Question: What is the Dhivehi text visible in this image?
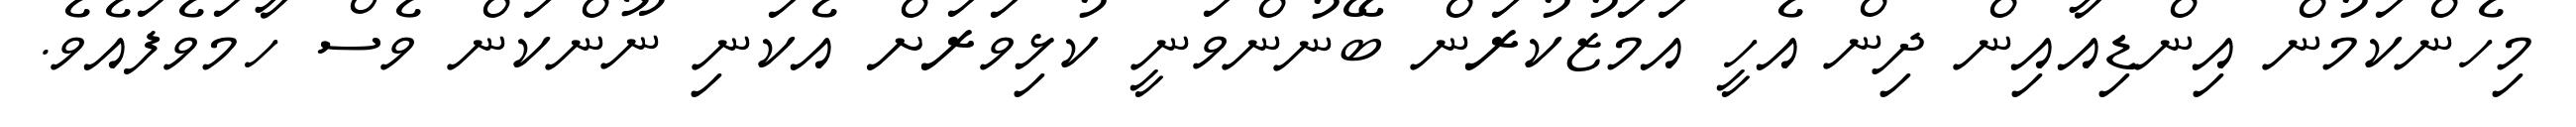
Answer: މިހެންކަމުން އިންޑިއާއިން ދިން އެހީ އަމަޒުކުރަން ބޭނުންވަނީ ކުޅިވަރަށް އެކަނި ނޫންކަން ވެސް ހާމަވެފައެވެ.